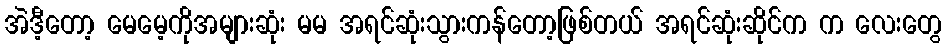
အဲဒီ့တော့ မေမေ့ကိုအများဆုံး မမ အရင်ဆုံးသွားကန်တော့ဖြစ်တယ် အရင်ဆုံးဆိုင်က က လေးတွေ